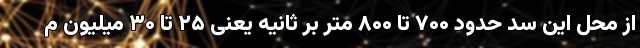
از محل این سد حدود ۷۰۰ تا ۸۰۰ متر بر ثانیه یعنی ۲۵ تا ۳۰ میلیون م